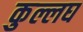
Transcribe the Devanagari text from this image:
कुल्लघ